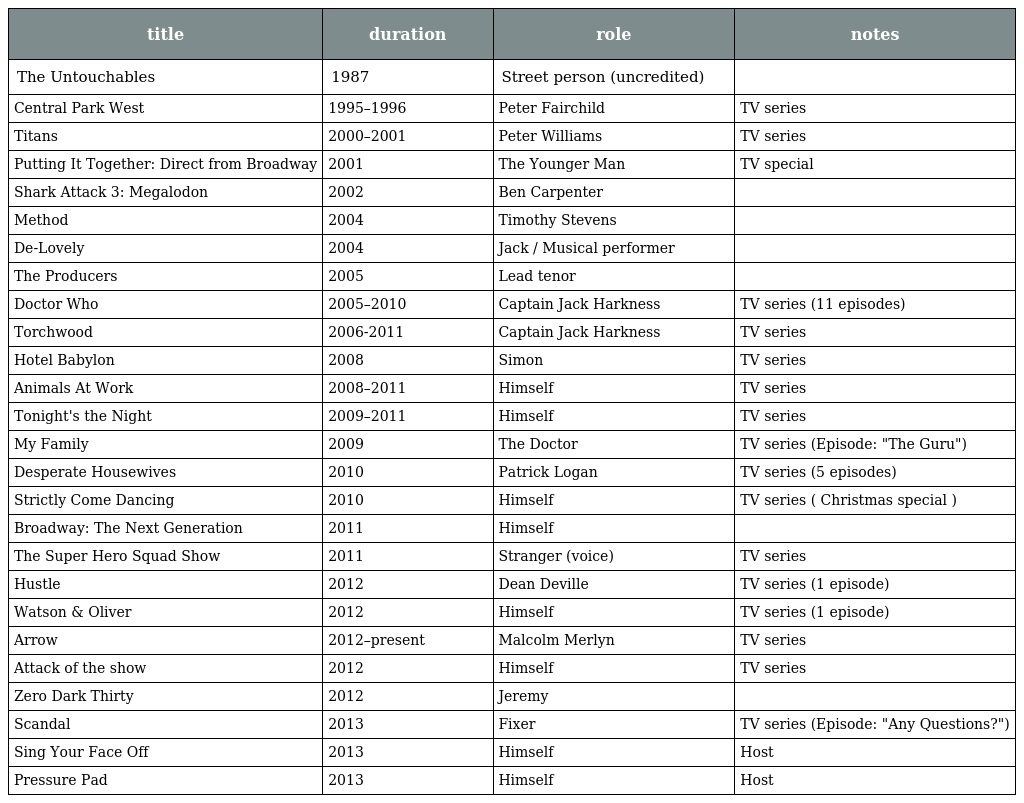
| title | duration | role | notes |
 | --- | --- | --- | --- |
 | The Untouchables | 1987 | Street person (uncredited) |  |
 | Central Park West | 1995–1996 | Peter Fairchild | TV series |
 | Titans | 2000–2001 | Peter Williams | TV series |
 | Putting It Together: Direct from Broadway | 2001 | The Younger Man | TV special |
 | Shark Attack 3: Megalodon | 2002 | Ben Carpenter |  |
 | Method | 2004 | Timothy Stevens |  |
 | De-Lovely | 2004 | Jack / Musical performer |  |
 | The Producers | 2005 | Lead tenor |  |
 | Doctor Who | 2005–2010 | Captain Jack Harkness | TV series (11 episodes) |
 | Torchwood | 2006-2011 | Captain Jack Harkness | TV series |
 | Hotel Babylon | 2008 | Simon | TV series |
 | Animals At Work | 2008–2011 | Himself | TV series |
 | Tonight's the Night | 2009–2011 | Himself | TV series |
 | My Family | 2009 | The Doctor | TV series (Episode: "The Guru") |
 | Desperate Housewives | 2010 | Patrick Logan | TV series (5 episodes) |
 | Strictly Come Dancing | 2010 | Himself | TV series ( Christmas special ) |
 | Broadway: The Next Generation | 2011 | Himself |  |
 | The Super Hero Squad Show | 2011 | Stranger (voice) | TV series |
 | Hustle | 2012 | Dean Deville | TV series (1 episode) |
 | Watson & Oliver | 2012 | Himself | TV series (1 episode) |
 | Arrow | 2012–present | Malcolm Merlyn | TV series |
 | Attack of the show | 2012 | Himself | TV series |
 | Zero Dark Thirty | 2012 | Jeremy |  |
 | Scandal | 2013 | Fixer | TV series (Episode: "Any Questions?") |
 | Sing Your Face Off | 2013 | Himself | Host |
 | Pressure Pad | 2013 | Himself | Host |